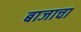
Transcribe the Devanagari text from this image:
बाजाचा